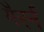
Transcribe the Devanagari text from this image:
गैरर्न